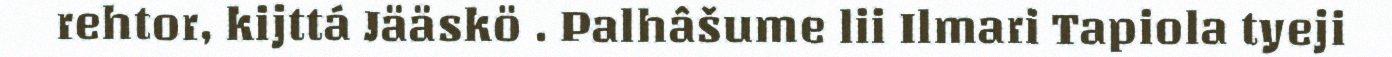
rehtor, kijttá Jääskö . Palhâšume lii Ilmari Tapiola tyeji